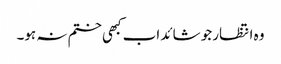
وہ انتظار جو شائد اب کبھی ختم نہ ہو۔